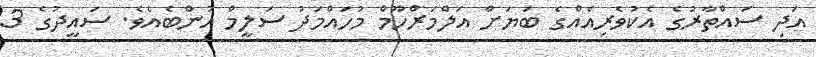
އަދި ސައްތާރުގެ އެކުވެރިއެއްގެ ބަޔަށް އަލްމަރްހޫމް މުހައްމަދު ސަލީމް އުންބެއެވެ. ސައީދުގެ 3